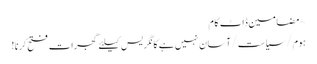
~ مضامین ڈاٹ کام
ہوم/سیاست/آسان نہیں ہے کانگریس کیلئے گجرات فتح کرنا!